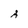
Character: A